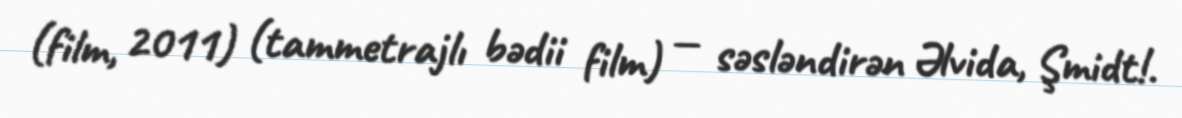
(film, 2011) (tammetrajlı bədii film) — səsləndirən Əlvida, Şmidt!.